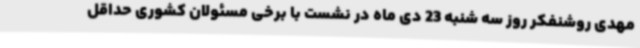
مهدی روشنفکر روز سه شنبه 23 دی ماه در نشست با برخی مسئولان کشوری حداقل